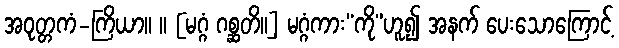
အဝုတ္တကံ-ကြိယာ။ ။ [မဂ္ဂံ ဂစ္ဆတိ။] မဂ္ဂံကား“ကို”ဟူ၍ အနက် ပေးသောကြောင့်